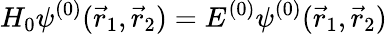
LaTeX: H_{0}\psi^{(0)}({\vec{r}}_{1},{\vec{r}}_{2})=E^{(0)}\psi^{(0)}({\vec{r}}_{1},{\vec{r}}_{2})